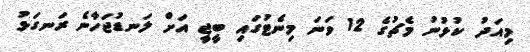
މިއަދު ކުޅުނު މެޗުގެ 12 ވަނަ މިނެޓުގައި ބީޖީ އަށް ލަނޑުޖަހާނެ ރަނގަޅު